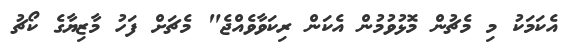
އެކަމަކު މި މެޗުން މޮޅުވުމުން އެކަން ރިކަވާވެއްޖެ" މެޗަށް ފަހު މާޒިޔާގެ ކޯޗު